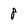
Character: 8